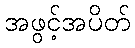
အဖွင့်အပိတ်